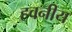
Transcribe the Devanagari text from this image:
हवनीय